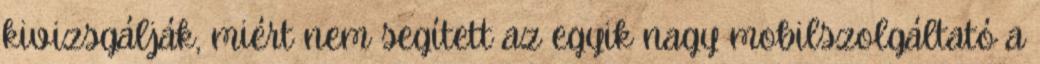
kivizsgálják, miért nem segített az egyik nagy mobilszolgáltató a